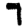
Digit: 7